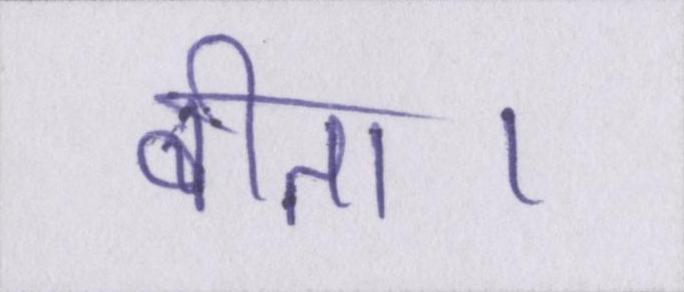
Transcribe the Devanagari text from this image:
बीता।